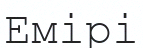
Емірі